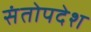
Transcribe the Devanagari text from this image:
संतोपदेश